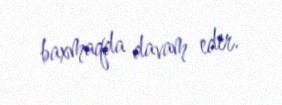
baxmaqda davam edir.